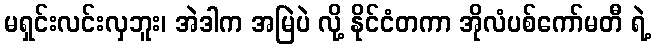
မရှင်းလင်းလှဘူး၊ အဲဒါက အမြဲပဲ လို့ နိုင်ငံတကာ အိုလံပစ်ကော်မတီ ရဲ့